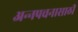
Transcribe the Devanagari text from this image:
अन्‍नपचनासाठी